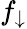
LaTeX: f_{\downarrow}